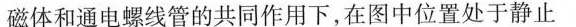
磁体和通电螺线管的共同作用下，在图中位置处于静止